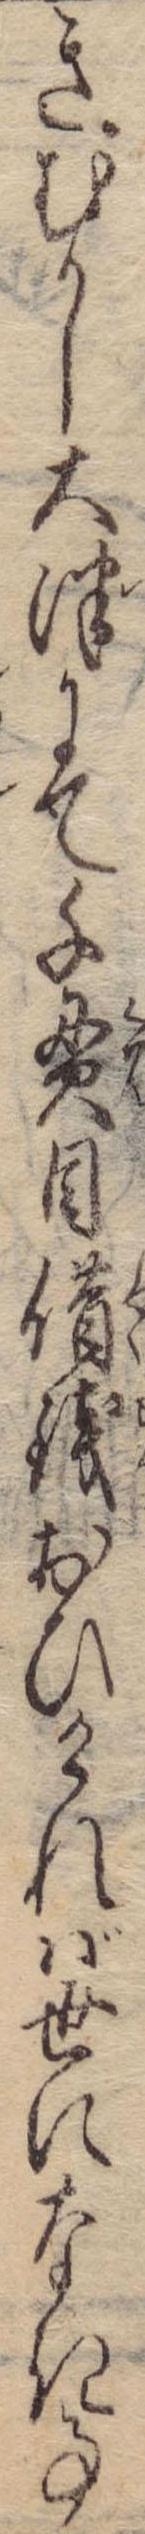
きむかし大津にて千貫目借銭おひければ世になき事